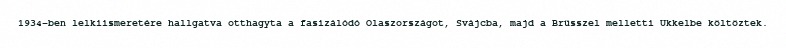
1934-ben lelkiismeretére hallgatva otthagyta a fasizálódó Olaszországot, Svájcba, majd a Brüsszel melletti Ukkelbe költöztek.